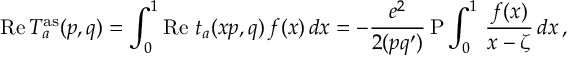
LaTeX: \mathrm { R e } \, T _ { a } ^ { \mathrm { a s } } ( p , q ) = \int _ { 0 } ^ { 1 } \mathrm { R e } \ t _ { a } ( x p , q ) \, f ( x ) \, d x = - \frac { e ^ { 2 } } { 2 ( p q ^ { \prime } ) } \, \mathrm { P } \int _ { 0 } ^ { 1 } \, \frac { f ( x ) } { x - \zeta } \, d x \, ,